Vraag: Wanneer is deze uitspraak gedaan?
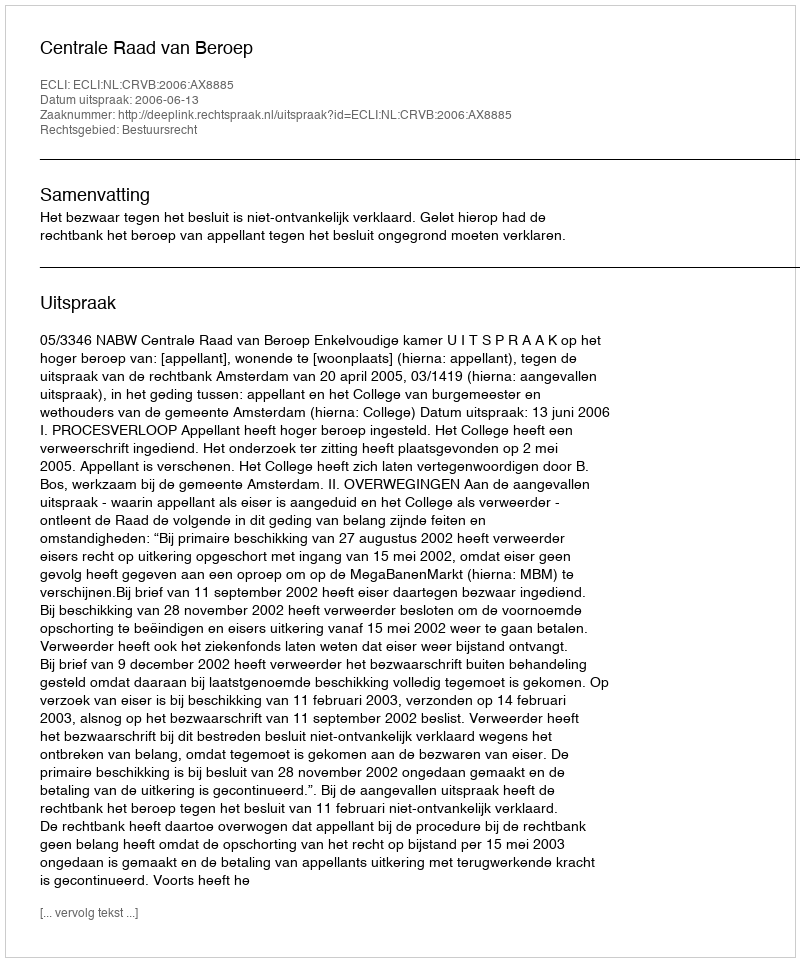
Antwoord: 2006-06-13